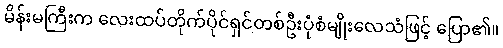
မိန်းမကြီးက လေးထပ်တိုက်ပိုင်ရှင်တစ်ဦးပုံစံမျိုးလေသံဖြင့် ပြော၏။